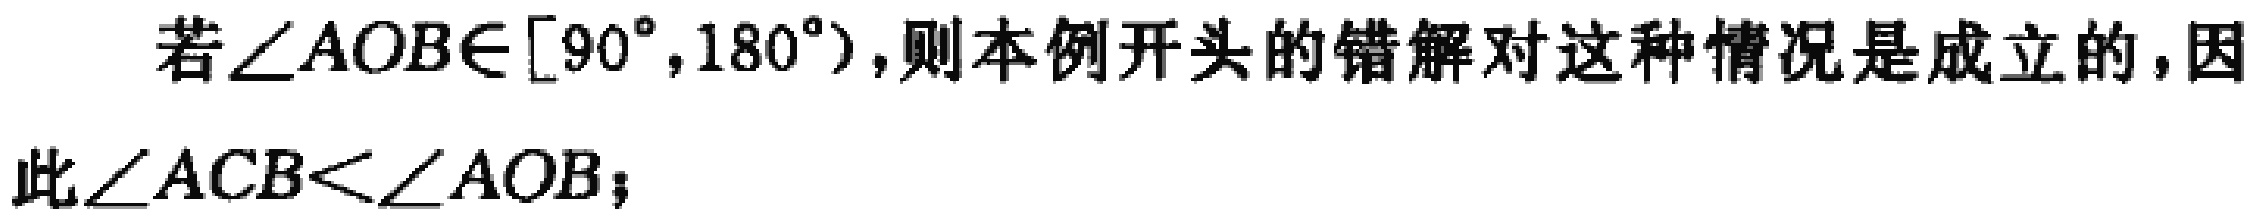
若\(\angle AOB\in[90^{\circ},180^{\circ})\)，则本例开头的错解对这种情况是成立的，因此\(\angle ACB<\angle AOB\)；